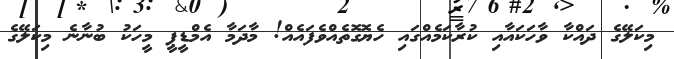
މިކަލޭގެ ދައްކާ ވާހަކައާއި ކުރާކަމެއްގައި ހެޔޮގޮތެއްވެފަައެއް! މާދަމާ އެމްޑީޕީ މީހަކު ބުނާނެ މިކަލޭގެ